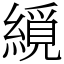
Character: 䌐